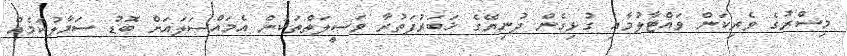
މިސްރުގެ ވެރިކަން ވައްޓާލުމާއި ގުޅިގެން ދުނިޔޭގެ ޚަބަރުފަތުރާ ވަސީލަތްތަކުން އެމައްސަލައަށް ބޮޑު ސަމާލުކަމެއް